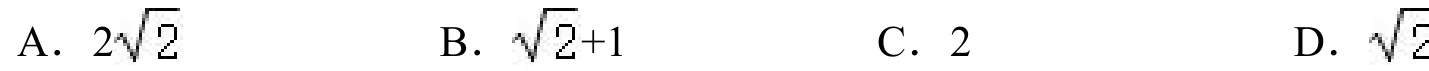
A. \(2\sqrt{2}\)
B. \(\sqrt{2}+1\)
C. \(2\)
D. \(\sqrt{2}\)